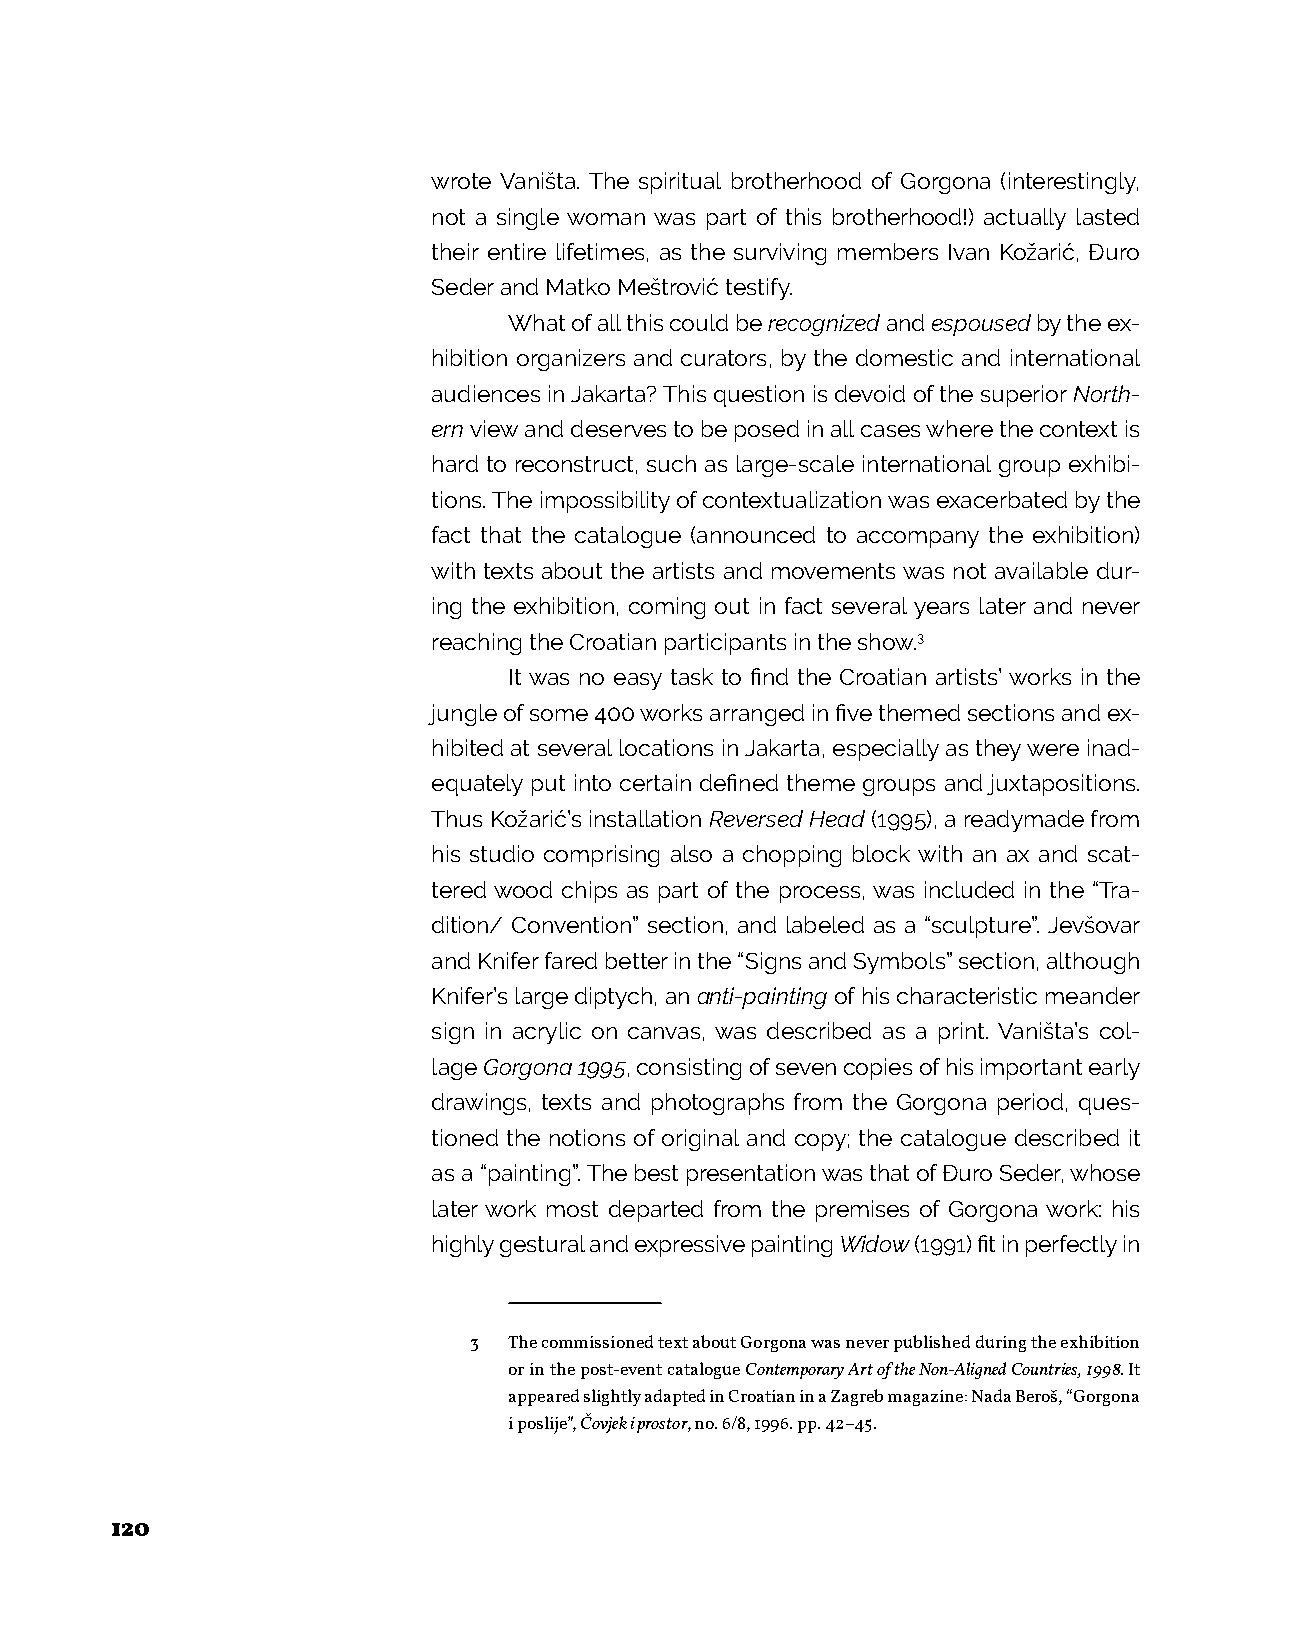
wrote Vaništa. The spiritual brotherhood of Gorgona (interestingly,
 not a single woman was part of this brotherhood!) actually lasted
 their entire lifetimes, as the surviving members Ivan Kožarić, Đuro
 Seder and Matko Meštrović testify.
 What of all this could be recognized and espoused by the ex-
 hibition organizers and curators, by the domestic and international
 audiences in Jakarta? This question is devoid of the superior North-
 ern view and deserves to be posed in all cases where the context is
 hard to reconstruct, such as large-scale international group exhibi-
 tions. The impossibility of contextualization was exacerbated by the
 fact that the catalogue (announced to accompany the exhibition)
 with texts about the artists and movements was not available dur-
 ing the exhibition, coming out in fact several years later and never
 reaching the Croatian participants in the show.3
 It was no easy task to find the Croatian artists’ works in the
 jungle of some 400 works arranged in five themed sections and ex-
 hibited at several locations in Jakarta, especially as they were inad-
 equately put into certain defined theme groups and juxtapositions.
 Thus Kožarić’s installation Reversed Head (1995), a readymade from
 his studio comprising also a chopping block with an ax and scat-
 tered wood chips as part of the process, was included in the “Tra-
 dition/ Convention” section, and labeled as a “sculpture”. Jevšovar
 and Knifer fared better in the “Signs and Symbols” section, although
 Knifer’s large diptych, an anti-painting of his characteristic meander
 sign in acrylic on canvas, was described as a print. Vaništa’s col-
 lage Gorgona 1995, consisting of seven copies of his important early
 drawings, texts and photographs from the Gorgona period, ques-
 tioned the notions of original and copy; the catalogue described it
 as a “painting”. The best presentation was that of Đuro Seder, whose
 later work most departed from the premises of Gorgona work: his
 highly gestural and expressive painting Widow (1991) fit in perfectly in
 3  The commissioned text about Gorgona was never published during the exhibition
 or in the post-event catalogue Contemporary Art of the Non-Aligned Countries, 1998. It
 appeared slightly adapted in Croatian in a Zagreb magazine: Nada Beroš, “Gorgona
 i poslije”, Čovjek i prostor, no. 6/8, 1996. pp. 42–45.
 120